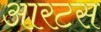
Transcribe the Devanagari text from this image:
आरटस